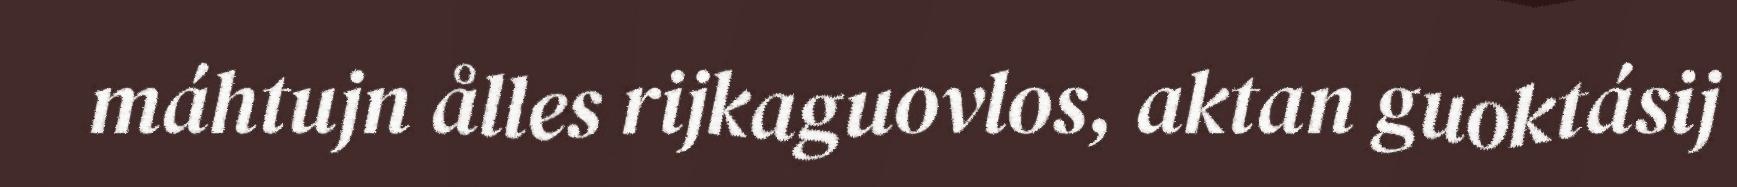
máhtujn ålles rijkaguovlos, aktan guoktásij